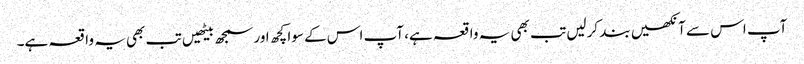
آپ اس سے آنکھیں بند کرلیں تب بھی یہ واقعہ ہے، آپ اس کے سوا کچھ اور سمجھ بیٹھیں تب بھی یہ واقعہ ہے۔